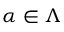
\alpha \in \Lambda